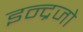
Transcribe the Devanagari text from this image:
इन्द्रजो